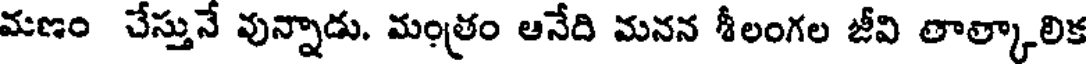
మణం చేస్తునే వున్నాడు. మంత్రం ఆనేది మనన శీలంగల జీవి తాత్కాలిక